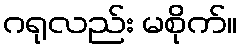
ဂရုလည်း မစိုက်။